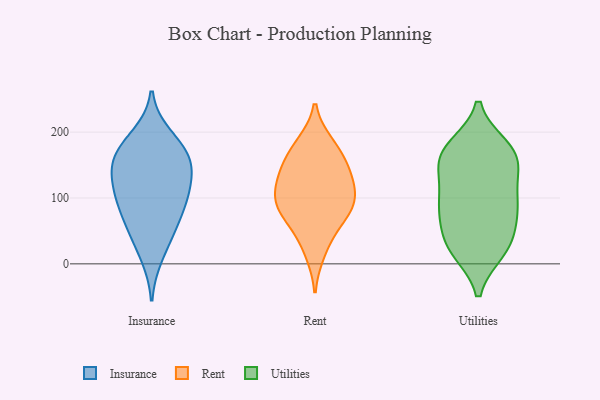
{"axis": {"x": "Bounce Rate (%)", "y": "Value"}, "legend": ["Insurance", "Rent", "Utilities"], "data": [{"x": "", "y": 194, "type": "Insurance"}, {"x": "", "y": 153, "type": "Insurance"}, {"x": "", "y": 12, "type": "Insurance"}, {"x": "", "y": 161, "type": "Insurance"}, {"x": "", "y": 100, "type": "Insurance"}, {"x": "", "y": 150, "type": "Insurance"}, {"x": "", "y": 79, "type": "Insurance"}, {"x": "", "y": 182, "type": "Insurance"}, {"x": "", "y": 120, "type": "Insurance"}, {"x": "", "y": 51, "type": "Insurance"}, {"x": "", "y": 159, "type": "Insurance"}, {"x": "", "y": 116, "type": "Insurance"}, {"x": "", "y": 52, "type": "Insurance"}, {"x": "", "y": 98, "type": "Insurance"}, {"x": "", "y": 156, "type": "Rent"}, {"x": "", "y": 78, "type": "Rent"}, {"x": "", "y": 94, "type": "Rent"}, {"x": "", "y": 182, "type": "Rent"}, {"x": "", "y": 100, "type": "Rent"}, {"x": "", "y": 179, "type": "Rent"}, {"x": "", "y": 117, "type": "Rent"}, {"x": "", "y": 121, "type": "Rent"}, {"x": "", "y": 146, "type": "Rent"}, {"x": "", "y": 47, "type": "Rent"}, {"x": "", "y": 139, "type": "Rent"}, {"x": "", "y": 74, "type": "Rent"}, {"x": "", "y": 88, "type": "Rent"}, {"x": "", "y": 17, "type": "Rent"}, {"x": "", "y": 20, "type": "Utilities"}, {"x": "", "y": 177, "type": "Utilities"}, {"x": "", "y": 140, "type": "Utilities"}, {"x": "", "y": 25, "type": "Utilities"}, {"x": "", "y": 73, "type": "Utilities"}, {"x": "", "y": 140, "type": "Utilities"}, {"x": "", "y": 90, "type": "Utilities"}, {"x": "", "y": 161, "type": "Utilities"}, {"x": "", "y": 92, "type": "Utilities"}, {"x": "", "y": 163, "type": "Utilities"}, {"x": "", "y": 166, "type": "Utilities"}, {"x": "", "y": 96, "type": "Utilities"}, {"x": "", "y": 177, "type": "Utilities"}, {"x": "", "y": 30, "type": "Utilities"}, {"x": "", "y": 56, "type": "Utilities"}, {"x": "", "y": 23, "type": "Utilities"}, {"x": "", "y": 96, "type": "Utilities"}]}